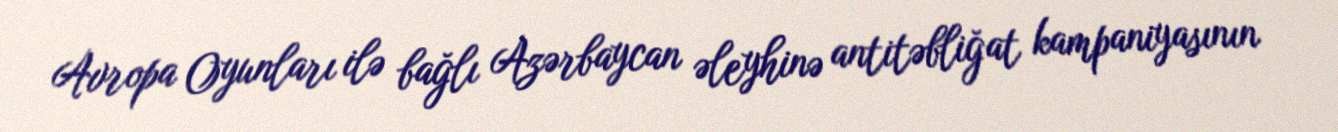
Avropa Oyunları ilə bağlı Azərbaycan əleyhinə antitəbliğat kampaniyasının